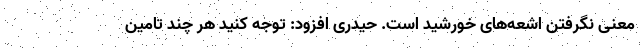
معنی نگرفتن اشعه‌های خورشید است. حیدری افزود: توجه کنید هر چند تامین